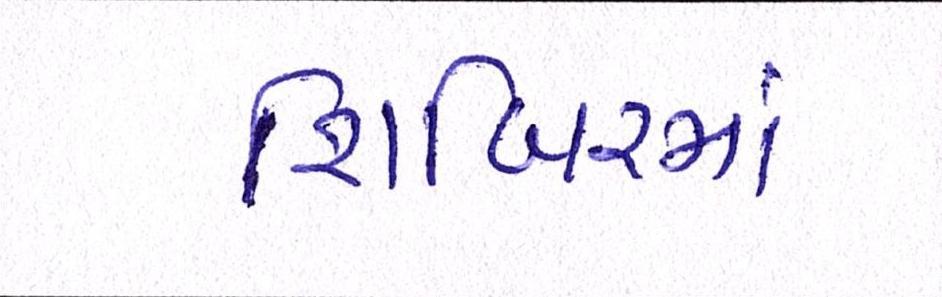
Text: શિબિરમાં